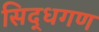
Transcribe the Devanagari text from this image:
सिद्धगण